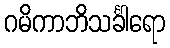
ဂမိကာဘိသင်္ခါရော